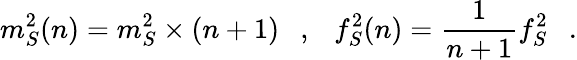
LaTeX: m_{S}^{2}(n)=m_{S}^{2}\times(n+1)~~~,~~~f_{S}^{2}(n)=\frac{1}{n+1}f_{S}^{2}~~~.